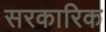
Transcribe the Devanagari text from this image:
सरकारिक